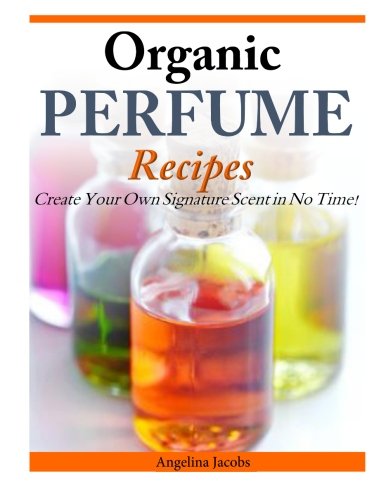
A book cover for Organic Perfume Recipes: Create Your Own Signature Scent in no time!; Angelina Jacobs; Crafts, Hobbies & Home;